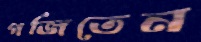
গর্জিতেন